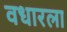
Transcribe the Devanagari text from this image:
वधारला